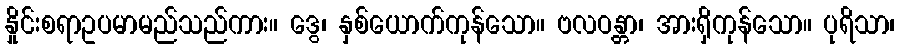
နှိုင်းစရာဥပမာမည်သည်ကား။ ဒွေ၊ နှစ်ယောက်ကုန်သော။ ဗလဝန္တာ၊ အားရှိကုန်သော။ ပုရိသာ၊